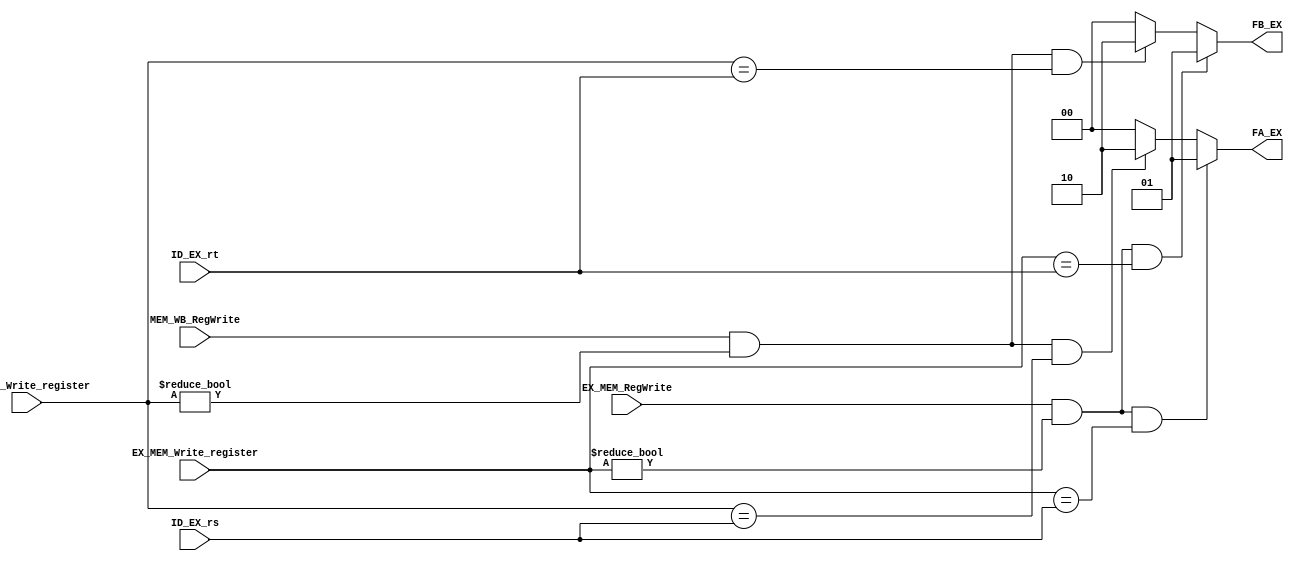
`timescale 1ns / 1ps

module Forward_EX (
         ID_EX_rs, ID_EX_rt,
         EX_MEM_Write_register, MEM_WB_Write_register,
         EX_MEM_RegWrite, MEM_WB_RegWrite,
         FA_EX, FB_EX
       );

input [4:0] ID_EX_rs, ID_EX_rt;
input [4:0] EX_MEM_Write_register, MEM_WB_Write_register;
input EX_MEM_RegWrite, MEM_WB_RegWrite;

output [1:0] FA_EX, FB_EX;

assign FA_EX = (EX_MEM_RegWrite && EX_MEM_Write_register != 5'b0
             && (EX_MEM_Write_register == ID_EX_rs))? 2'b01 :
       (MEM_WB_RegWrite && MEM_WB_Write_register != 5'b0
        && (MEM_WB_Write_register == ID_EX_rs))? 2'b10 : 2'b00;

assign FB_EX = (EX_MEM_RegWrite && EX_MEM_Write_register != 5'b0
             && (EX_MEM_Write_register == ID_EX_rt))? 2'b01 :
       (MEM_WB_RegWrite && MEM_WB_Write_register != 5'b0
        && (MEM_WB_Write_register == ID_EX_rt))? 2'b10 : 2'b00;

endmodule